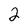
Character: 2